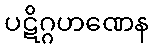
ပဋိဂ္ဂဟဏေန